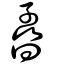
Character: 孴